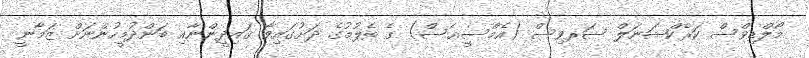
މޯލްޑިވްސް ކަރެކްޝަނަލް ސަރވިސް (އެމްސީއެސް) ގެ ބެލުމުގެ ދަށުގައިވާ ޤައިދީންނާއި ބަންދުމީހުންނަށް ޒަމާނީ